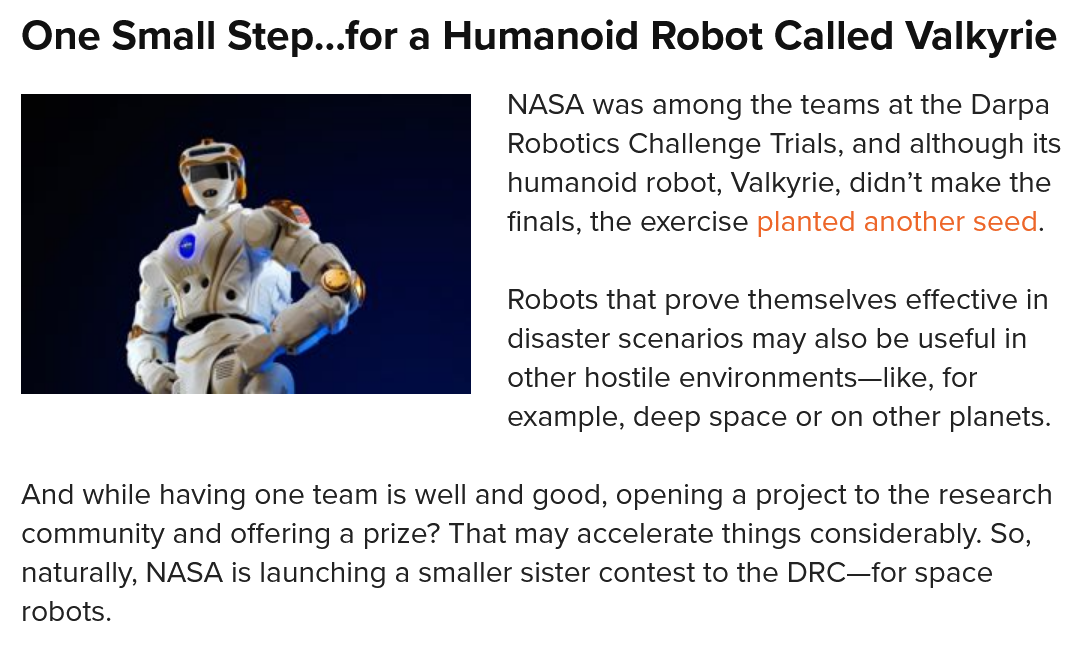
One   Small  Step...for  a  Humanoid    Robot   Called   Valkyrie
     NASA was among the teams at the Darpa
     Robotics Challenge Trials, and although its
     humanoid robot, Valkyrie, didn’t make the
     finals, the exercise planted another seed.
     Robots that prove themselves effective in
     disaster scenarios may also be useful in
     other hostile environments—like, for
     example, deep space or on other planets.
  And while having one team is well and good, opening a project to the research
  community and offering a prize? That may accelerate things considerably. So,
  naturally, NASA is launching a smaller sister contest to the DRC—for space
  robots.